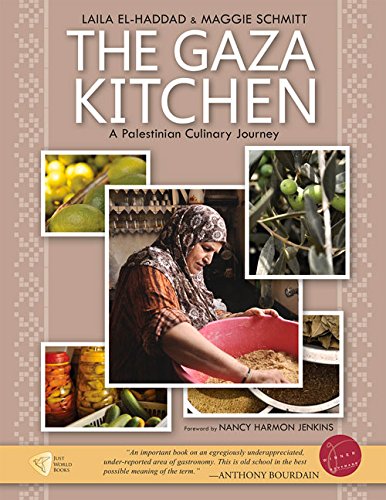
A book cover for The Gaza Kitchen: A Palestinian Culinary Journey; Laila El-Haddad; Cookbooks, Food & Wine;